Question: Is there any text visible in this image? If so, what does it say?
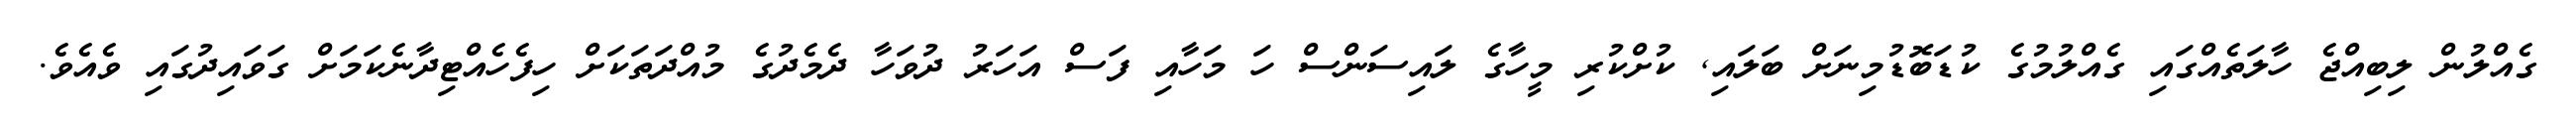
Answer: ގެއްލުން ލިބިއްޖެ ހާލަތެއްގައި ގެއްލުމުގެ ކުޑަބޮޑުމިނަށް ބަލައި, ކުށްކުރި މީހާގެ ލައިސަންސް ހަ މަހާއި ފަސް އަހަރު ދުވަހާ ދެމެދުގެ މުއްދަތަކަށް ހިފެހެއްޓިދާނެކަމަށް ގަވައިދުގައި ވެއެވެ.